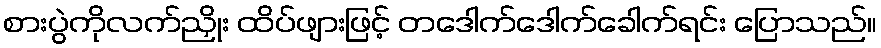
စားပွဲကိုလက်ညှိုး ထိပ်ဖျားဖြင့် တဒေါက်ဒေါက်ခေါက်ရင်း ပြောသည်။